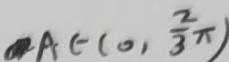
A \in ( 0 , \frac { 2 } { 3 } \pi )